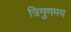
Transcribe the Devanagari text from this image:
त्रिगुणमय